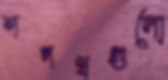
শপথগুলো